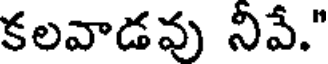
కలవాడవు నివే."